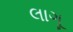
લાગૂ